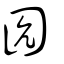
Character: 囥